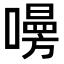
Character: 𠿐